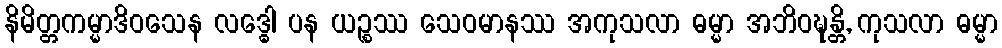
နိမိတ္တကမ္မာဒိဝသေန လဒ္ဓေါ ပန ယဉ္စဿ သေဝမာနဿ အကုသလာ ဓမ္မာ အဘိဝဍ္ဎန္တိ, ကုသလာ ဓမ္မာ